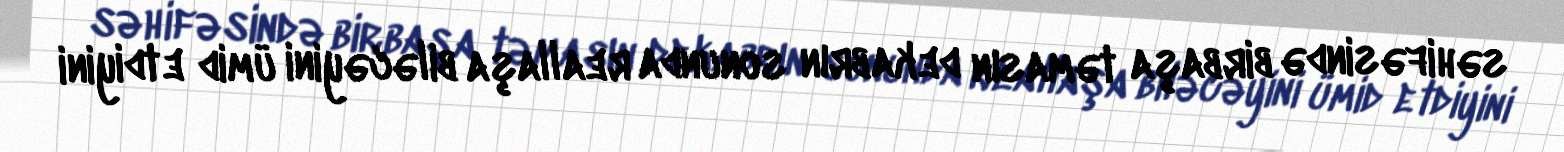
səhifəsində birbaşa təmasın dekabrın sonunda reallaşa biləcəyini ümid etdiyini